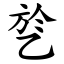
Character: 乻